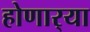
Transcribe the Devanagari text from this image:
होणार्‍या